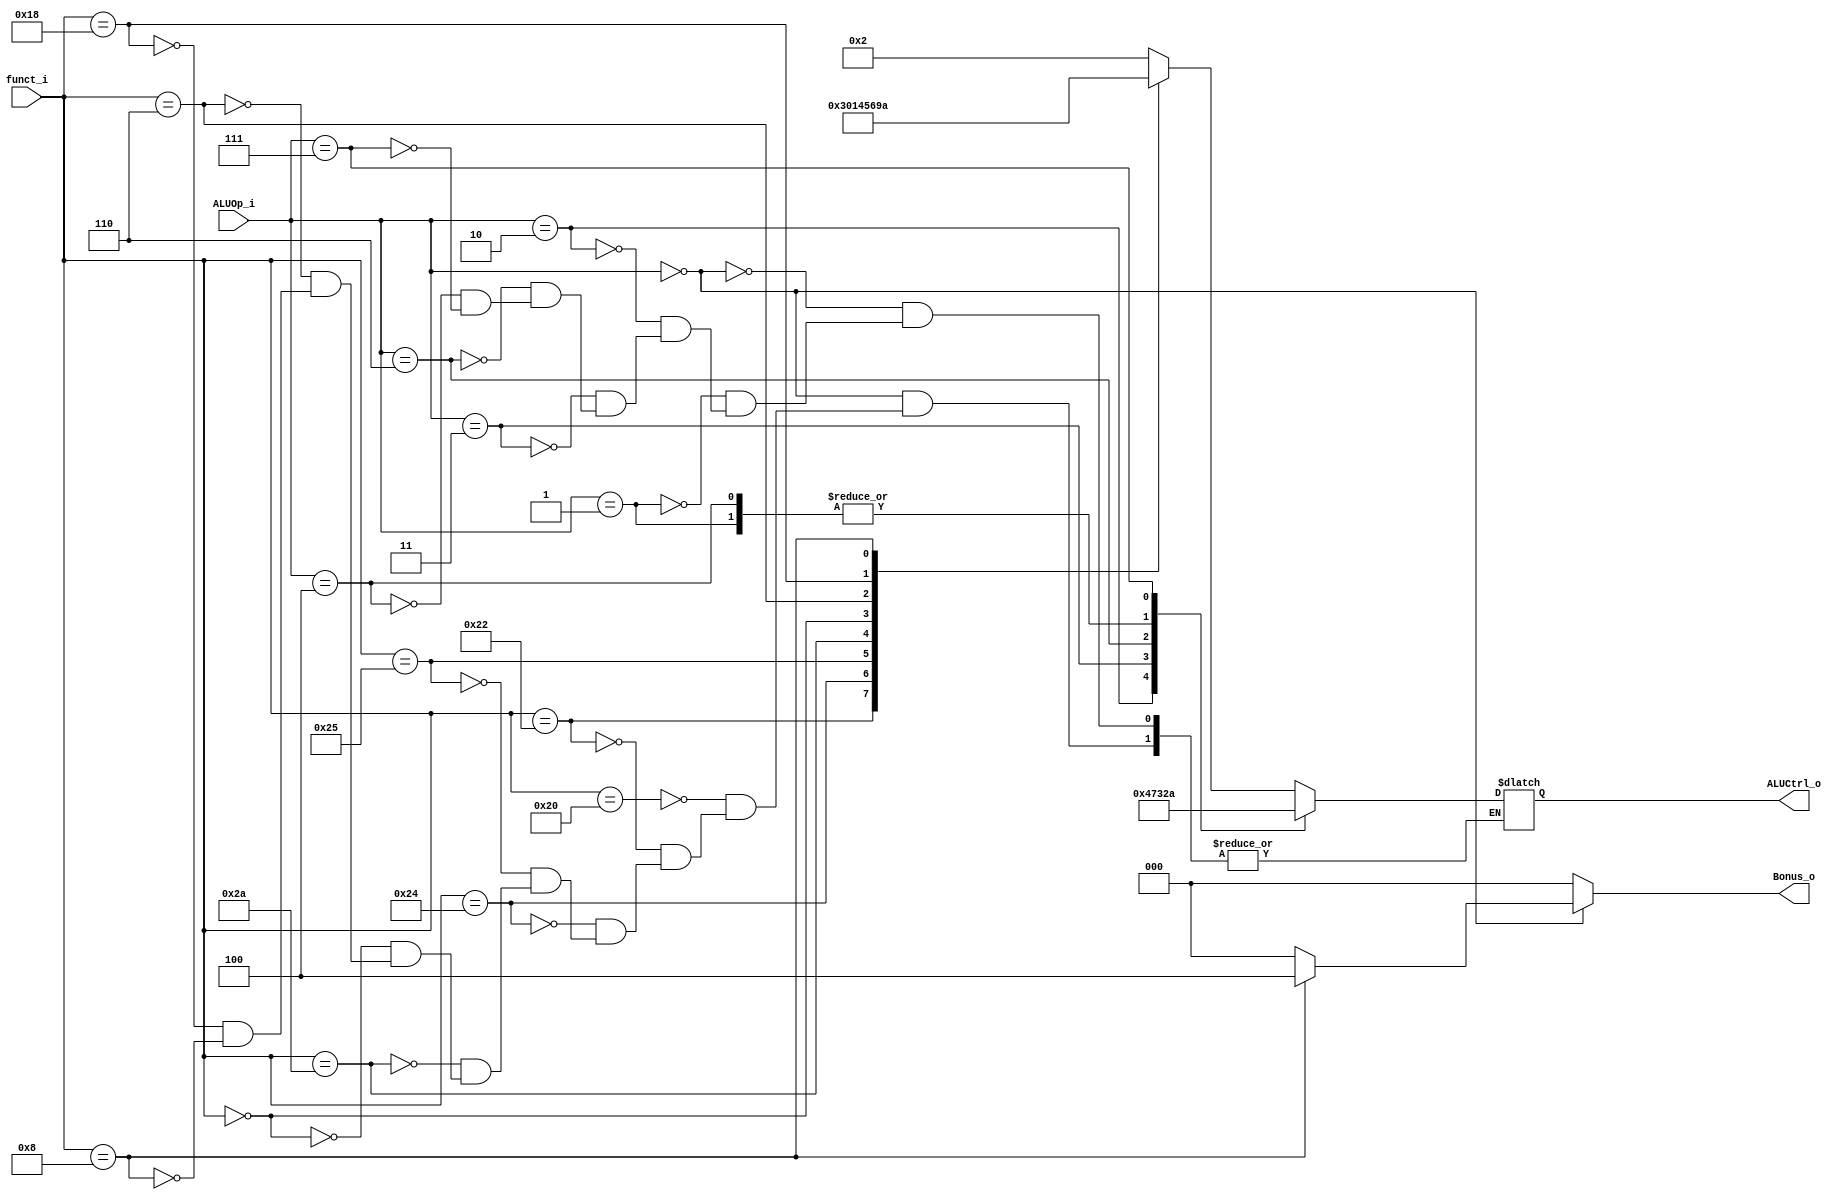
//Subject:     CO project 2 - ALU Controller
//--------------------------------------------------------------------------------
//Version:     1
//--------------------------------------------------------------------------------
//Writer:      
//----------------------------------------------
//Date:        
//----------------------------------------------
//Description: 
//--------------------------------------------------------------------------------

module ALU_Ctrl(
          funct_i,
          ALUOp_i,
          Bonus_o,
          ALUCtrl_o
          );
          
//I/O ports 
input      [6-1:0] funct_i;
input      [3-1:0] ALUOp_i;
output     [3-1:0] Bonus_o;
output     [4-1:0] ALUCtrl_o;    
     
//Internal Signals
reg        [4-1:0] ALUCtrl_o;
reg		   [3-1:0] Bonus_o;

//--- 4bit-Parameter from decoder -----
parameter R_type 		= 3'b000;
parameter JUMP_TYPE 	= 3'b111;
parameter Branch_type 	= 3'b110;
parameter DM_type		= 3'b100;
parameter ADDI 			= 3'b001;
parameter SLTI 			= 3'b010;
parameter LUI 			= 3'b011;
parameter ORI 			= 3'b100;

/*parameter ADDI = 4'b0001;
parameter SLTI = 4'b0010;
parameter LUI = 4'b0011;
parameter ORI = 4'b0100;
parameter BEQ = 4'b0101;
parameter BNE = 4'b0110;
parameter BGT = 4'b0111;
parameter BGEZ = 4'b1000;
parameter LW = 4'b1001;
parameter SW = 4'b1010;*/


//---4bit-Parameter sending to ALU-----
parameter op_AND 	 = 4'b0000;
parameter op_OR  	 = 4'b0001;
parameter op_ADD  	 = 4'b0010;
parameter op_SUB  	 = 4'b0011;
parameter op_SLT  	 = 4'b0100;
parameter op_SLL  	 = 4'b0101;
parameter op_SRLV 	 = 4'b0110;
parameter op_LUI 	 = 4'b0111;
parameter op_MUL	 = 4'b1001;
parameter op_JUMP 	 = 4'b1010;

//---6bit-Parameter-----
parameter ADD = 6'b100000;
parameter SUB = 6'b100010;
parameter AND = 6'b100100;
parameter OR = 6'b100101;
parameter SLT = 6'b101010;
parameter SLL = 6'b000000;
parameter SRLV = 6'b000110;
parameter MUL = 6'b011000;
parameter JR = 6'b001000;

//Select exact operation
always @(*) begin
	Bonus_o <= 3'b000;
	case (ALUOp_i)
		//jump x, JA o
		R_type:begin
			case (funct_i)
				ADD: 	ALUCtrl_o <= op_ADD;
				SUB: 	ALUCtrl_o <= op_SUB;
				AND: 	ALUCtrl_o <= op_AND;
				OR: 	ALUCtrl_o <= op_OR;
				SLT: 	ALUCtrl_o <= op_SLT;
				SLL: 	ALUCtrl_o <= op_SLL;
				SRLV: 	ALUCtrl_o <= op_SRLV;
				MUL: 	ALUCtrl_o <= op_MUL;
				JR:begin
					ALUCtrl_o <= op_JUMP;
					Bonus_o <= 3'b100;
				end	
			endcase
		end
		ADDI: 			ALUCtrl_o <= op_ADD;
		SLTI: 			ALUCtrl_o <= op_SLT;
		LUI: 			ALUCtrl_o <= op_LUI;
		//ORI: 			ALUCtrl_o <= op_OR;
		Branch_type:	ALUCtrl_o <= op_SUB;
		DM_type:		ALUCtrl_o <= op_ADD;
		JUMP_TYPE:		ALUCtrl_o <= op_JUMP;

		default: ALUCtrl_o <= ALUCtrl_o;
		
	endcase
end
endmodule     




		/*BEQ: ALUCtrl_o <= op_SUB;
		BNE: ALUCtrl_o <= op_SUB;
		BGT: ALUCtrl_o <= op_SUB;
		BGEZ: ALUCtrl_o<= op_SUB;

		LW: ALUCtrl_o<= op_ADD;
		SW: ALUCtrl_o<= op_ADD;

		JUMP:ALUCtrl_o<=op_JUMP;*/